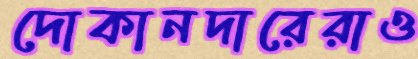
দোকানদারেরাও